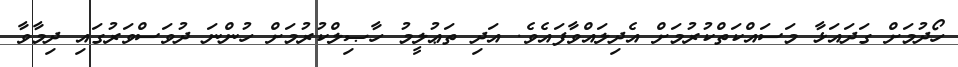
ހޯދުމަށް ގަދައަޅާ މަސައްކަތްކުރުމަށް އެދިލައްވާފައެވެ. އަދި ތަޢުލީމު ހާޞިލްކުރުމަށް ހުންނަ ދުވަސްވަރުގައި ދިމާވާ